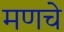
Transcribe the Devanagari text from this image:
मणचे